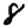
Digit: 8